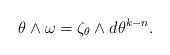
LaTeX: \begin{align*} \theta \wedge \omega = \zeta_\theta \wedge d\theta^{k-n} . \end{align*}